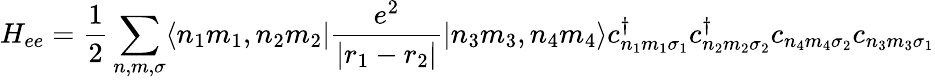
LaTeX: \displaystyle H_{ee}={\frac{1}{2}}\sum_{n,m,\sigma}\langle n_{1}m_{1},n_{2}m_{2}|{\frac{e^{2}}{|r_{1}-r_{2}|}}|n_{3}m_{3},n_{4}m_{4}\rangle c_{n_{1}m_{1}\sigma_{1}}^{\dagger}c_{n_{2}m_{2}\sigma_{2}}^{\dagger}c_{n_{4}m_{4}\sigma_{2}}c_{n_{3}m_{3}\sigma_{1}}